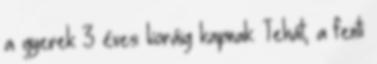
a gyerek 3 éves koráig kapnak. Tehát, a fenti